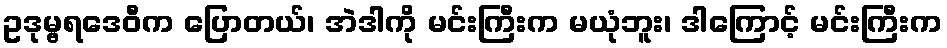
ဥဒုမ္ဗရဒေဝီက ပြောတယ်၊ အဲဒါကို မင်းကြီးက မယုံဘူး၊ ဒါကြောင့် မင်းကြီးက